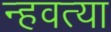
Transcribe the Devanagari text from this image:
न्हवत्या